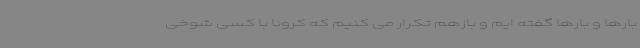
بارها و بارها گفته ایم و بازهم تکرار می کنیم که کرونا با کسی شوخی